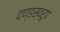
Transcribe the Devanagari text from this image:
दण्डस्वरुप